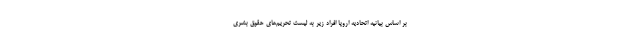
بر اساس بیانیه اتحادیه اروپا افراد زیر به لیست تحریم‌های حقوق بشری